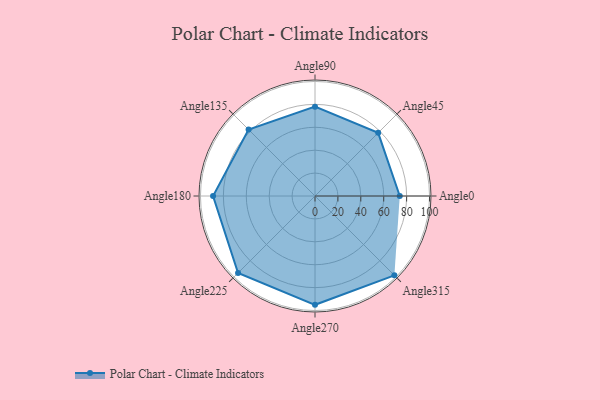
{"axis": {"x": "Angle", "y": "Radius"}, "legend": [""], "data": [{"x": "Angle0", "y": 74.0, "type": ""}, {"x": "Angle45", "y": 78.0, "type": ""}, {"x": "Angle90", "y": 78.0, "type": ""}, {"x": "Angle135", "y": 82.0, "type": ""}, {"x": "Angle180", "y": 89.0, "type": ""}, {"x": "Angle225", "y": 95.0, "type": ""}, {"x": "Angle270", "y": 95.0, "type": ""}, {"x": "Angle315", "y": 98.0, "type": ""}]}